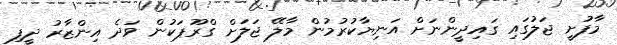
މާފުށީ ޖަލުގައި ގައިދީންނަށް އަނިޔާކުރުމުން މާލޭ ޖަލަށް ގްރޫޕަކުން ވަދެ އިންޒާރު ދީފި